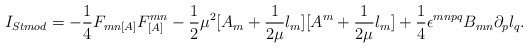
\begin{align*}I_{Stmod} = -\frac{1}{4}F_{mn[A]}F^{mn}_{[A]} - \frac{1}{2}\mu^2[A_{m} + \frac{1}{2\mu}l_m][A^{m} + \frac{1}{2\mu}l_m] + \frac{1}{4}\epsilon^{mnpq}B_{mn}\partial_{p}l_q.\end{align*}